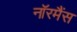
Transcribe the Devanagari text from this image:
नॉरमैंस